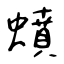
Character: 蟦